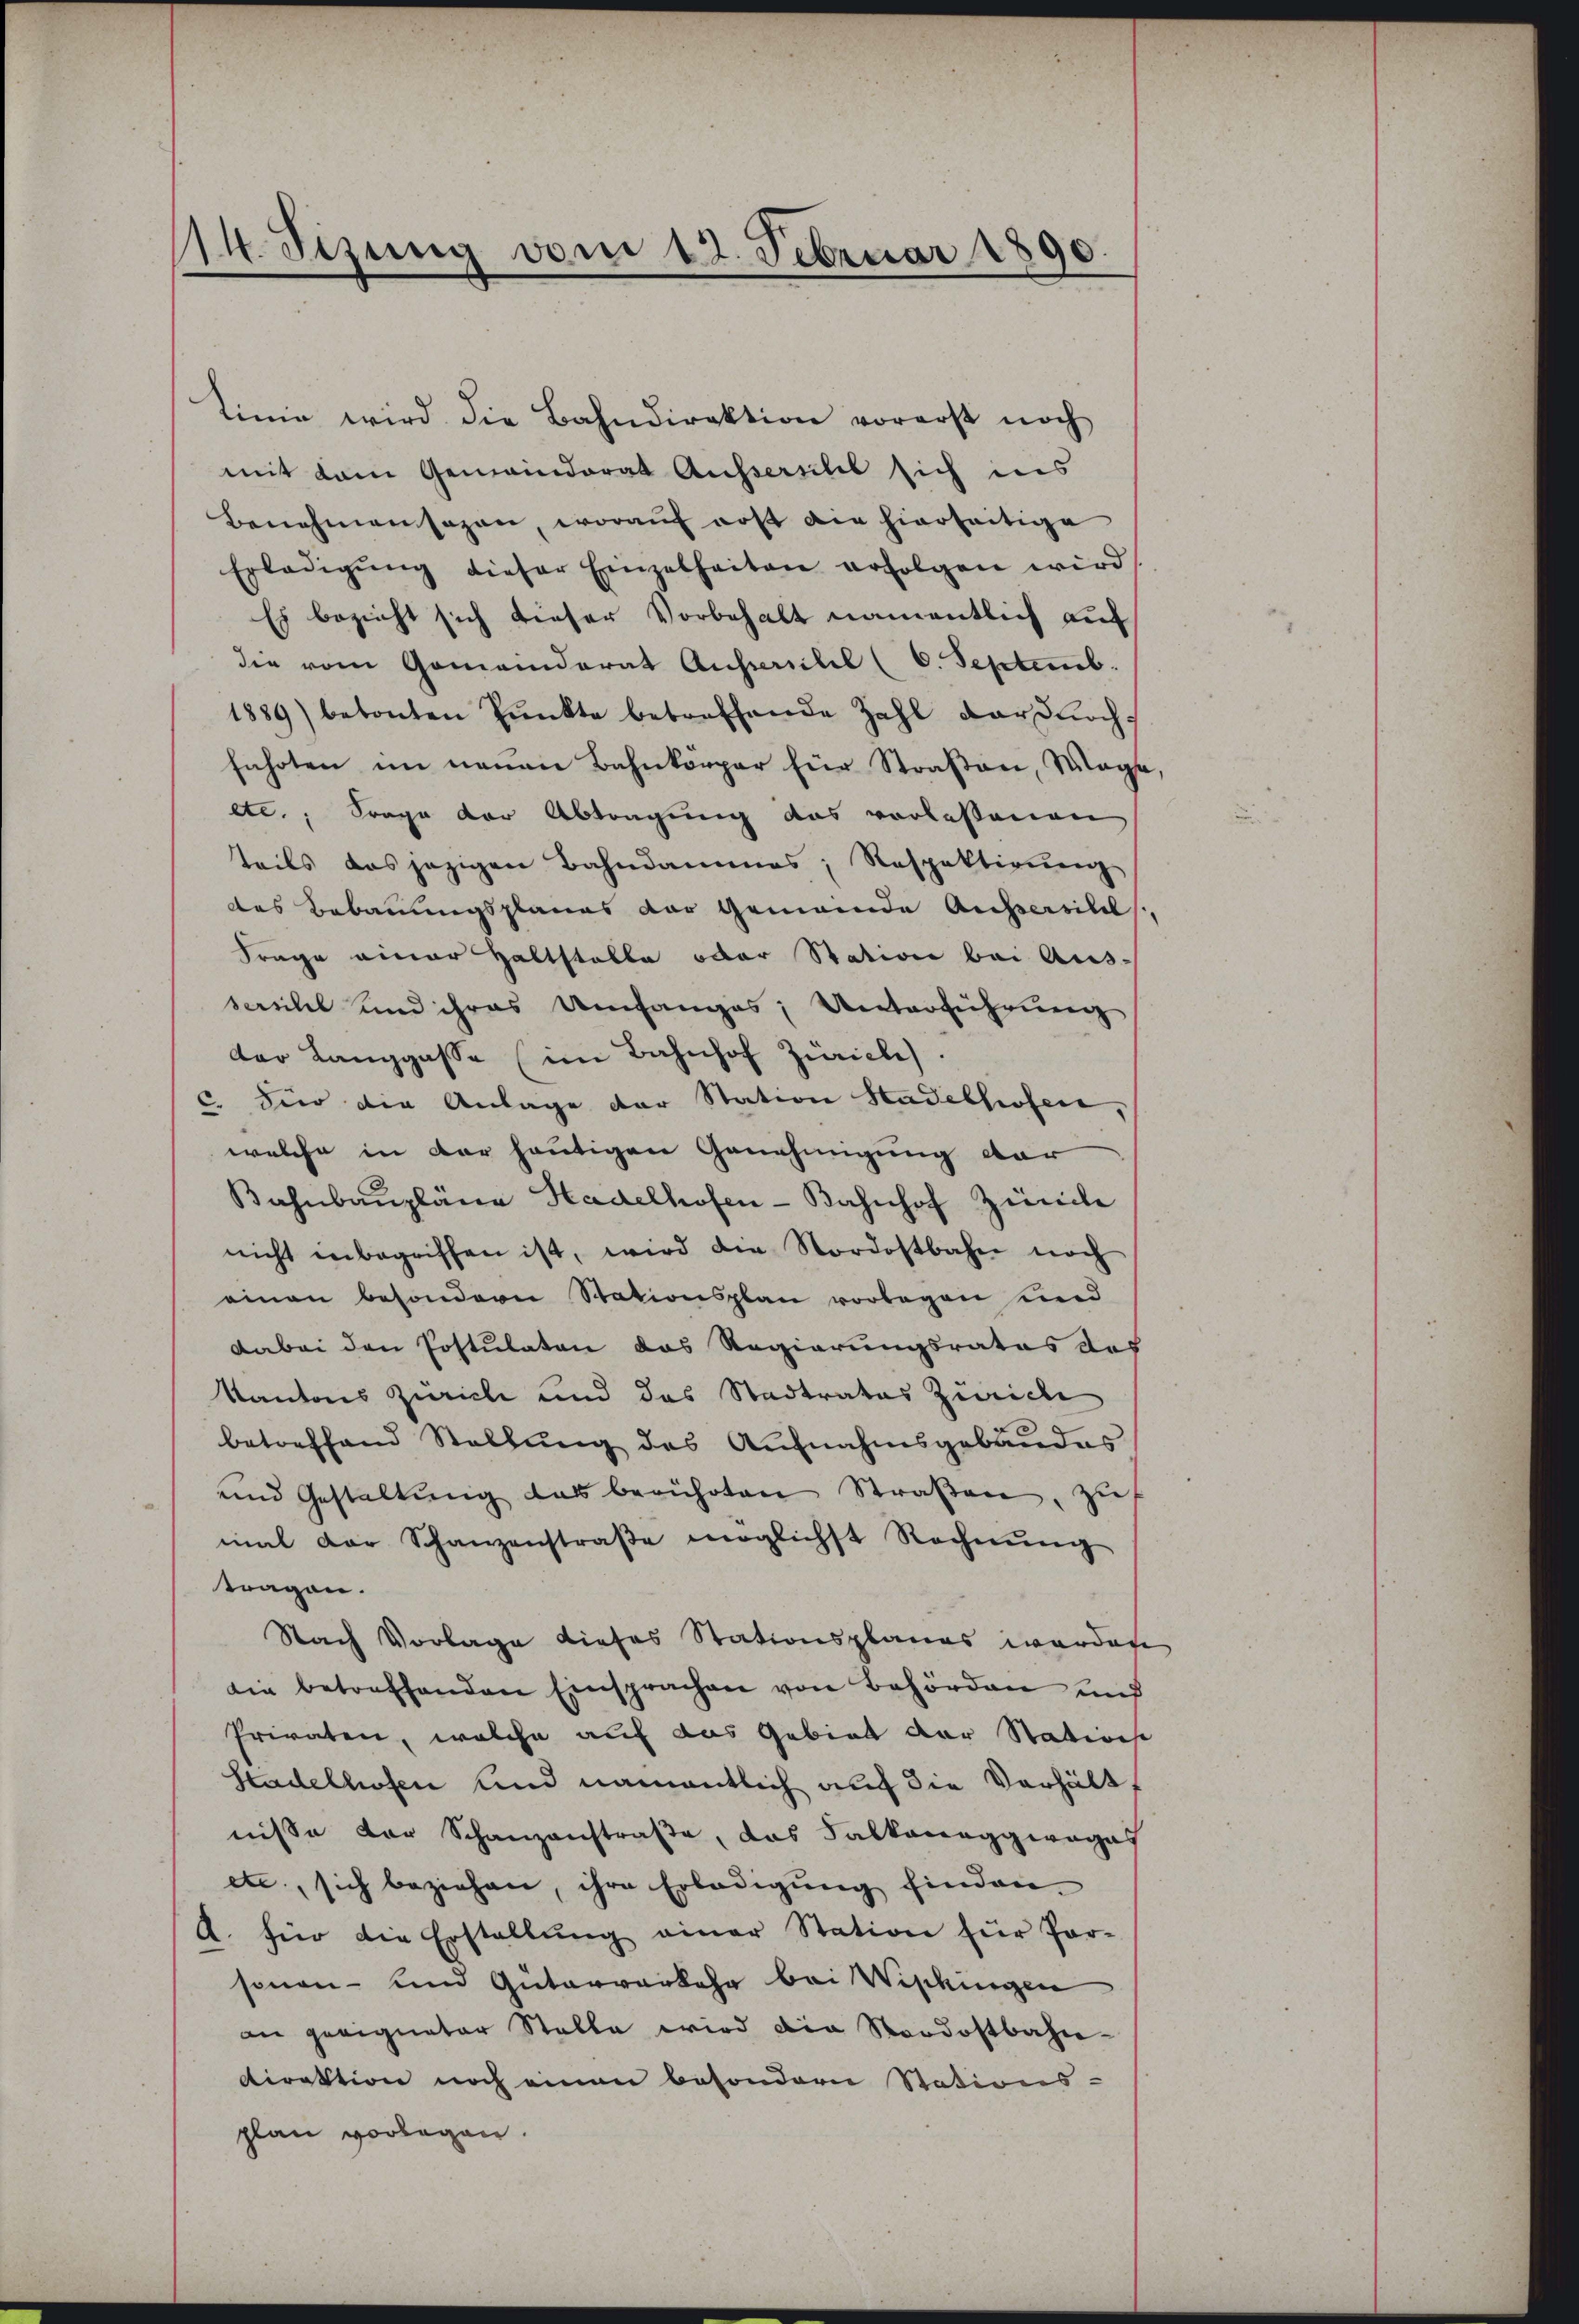
114. Sizung vom 12. Februar 1890.

tinie wird die Bahndirektion vorerst noch
mit dem Gemeinderat Aussersihl sich ins
Benehmensagen, woraŭf erst die hierseitige
Erledigŭng dieser Einzelheiten erfolgen wird
Es bezieht sich dieser Vorbehalt namentlich auf
die vom Gemeinderat Ausserschil (6. Septemb.
1889) betonten Pŭnkte betreffende Zahl dardloch-
hnhrten im neuen Bahnkörper für Straßen, Mage,
etc., Frage der Abtragung das vorlesenen
teils das jezigen Bahndammes, Respektirung
des Bebauungsplanes der Gemeinde Aussersilil
Frage einer Haltstalle oder Station bei Ausscritel und ihres Umfanges, Unterführung
der Langgasse (im Bahnhof Zürich.
c. Für die Anlage der Station Stadelhofen
welche in der heutigen Genehmigung dar
Bahnbaŭpläne Hadelhofen-Bahnhof Zürich
nicht inbegriffen ist, wird die Nordostbahn noch
einen besondern Stationsplan vorlegen und
Dabei den Postulaten das Regierungsrates des
Kantons Zürich und das Stadtrates Zürich
betreffend Stellŭng des Aŭfnahmsgebäŭdes
und Gestaltŭng das berührten Straβen, zu
mal der Schanzenstraβe möglichst Rechnŭng
tragen.
Nach Vorlage dieses Stationsplanes werden
die betreffenden Einsprachen von Behörden und
Privaten, welche auf das Gebiet der Statione
Stadelhofen und namentlich auch die Verhält,
nisse der Schanzenstraße, das Salkonaggwagas
etc., sich beziehen, ihre Erledigŭng finden.
A. für die Erstellŭng einer Station für Par-
sonen- und Güterverkehr bei Wipkingen
an geeigneter Stalle wird die Stordostbahn-
direktion noch einen besondern Stations-
plan vorlegen.